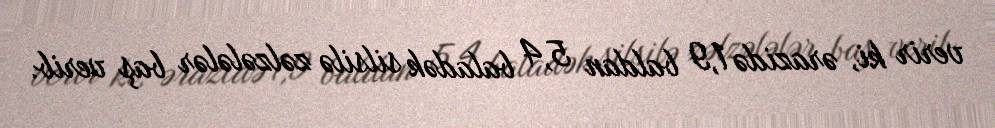
verir ki, ərazidə 1,9 baldan 5,4 baladək silsilə zəlzələlər baş verib.